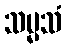
သမ္မသံ